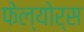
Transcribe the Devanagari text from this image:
फेल्योर्स